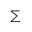
\scriptstyle \sum